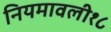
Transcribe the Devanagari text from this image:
नियमावली१८